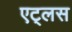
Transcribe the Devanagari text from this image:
एट्लस